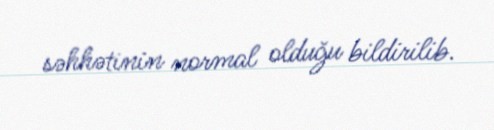
səhhətinin normal olduğu bildirilib.